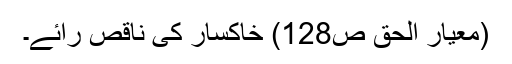
(معیار الحق ص128) خاکسار کی ناقص رائے۔